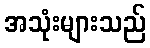
အသုံးများသည်